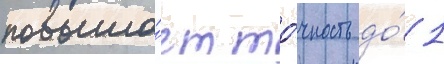
повыша́ет то́чность до́ 1